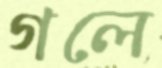
গলে